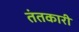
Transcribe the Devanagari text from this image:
तंतकारी